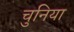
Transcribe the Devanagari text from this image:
चुनिया